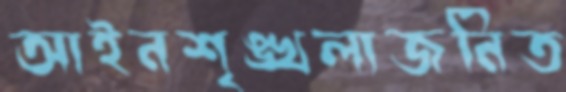
আইনশৃঙ্খলাজনিত